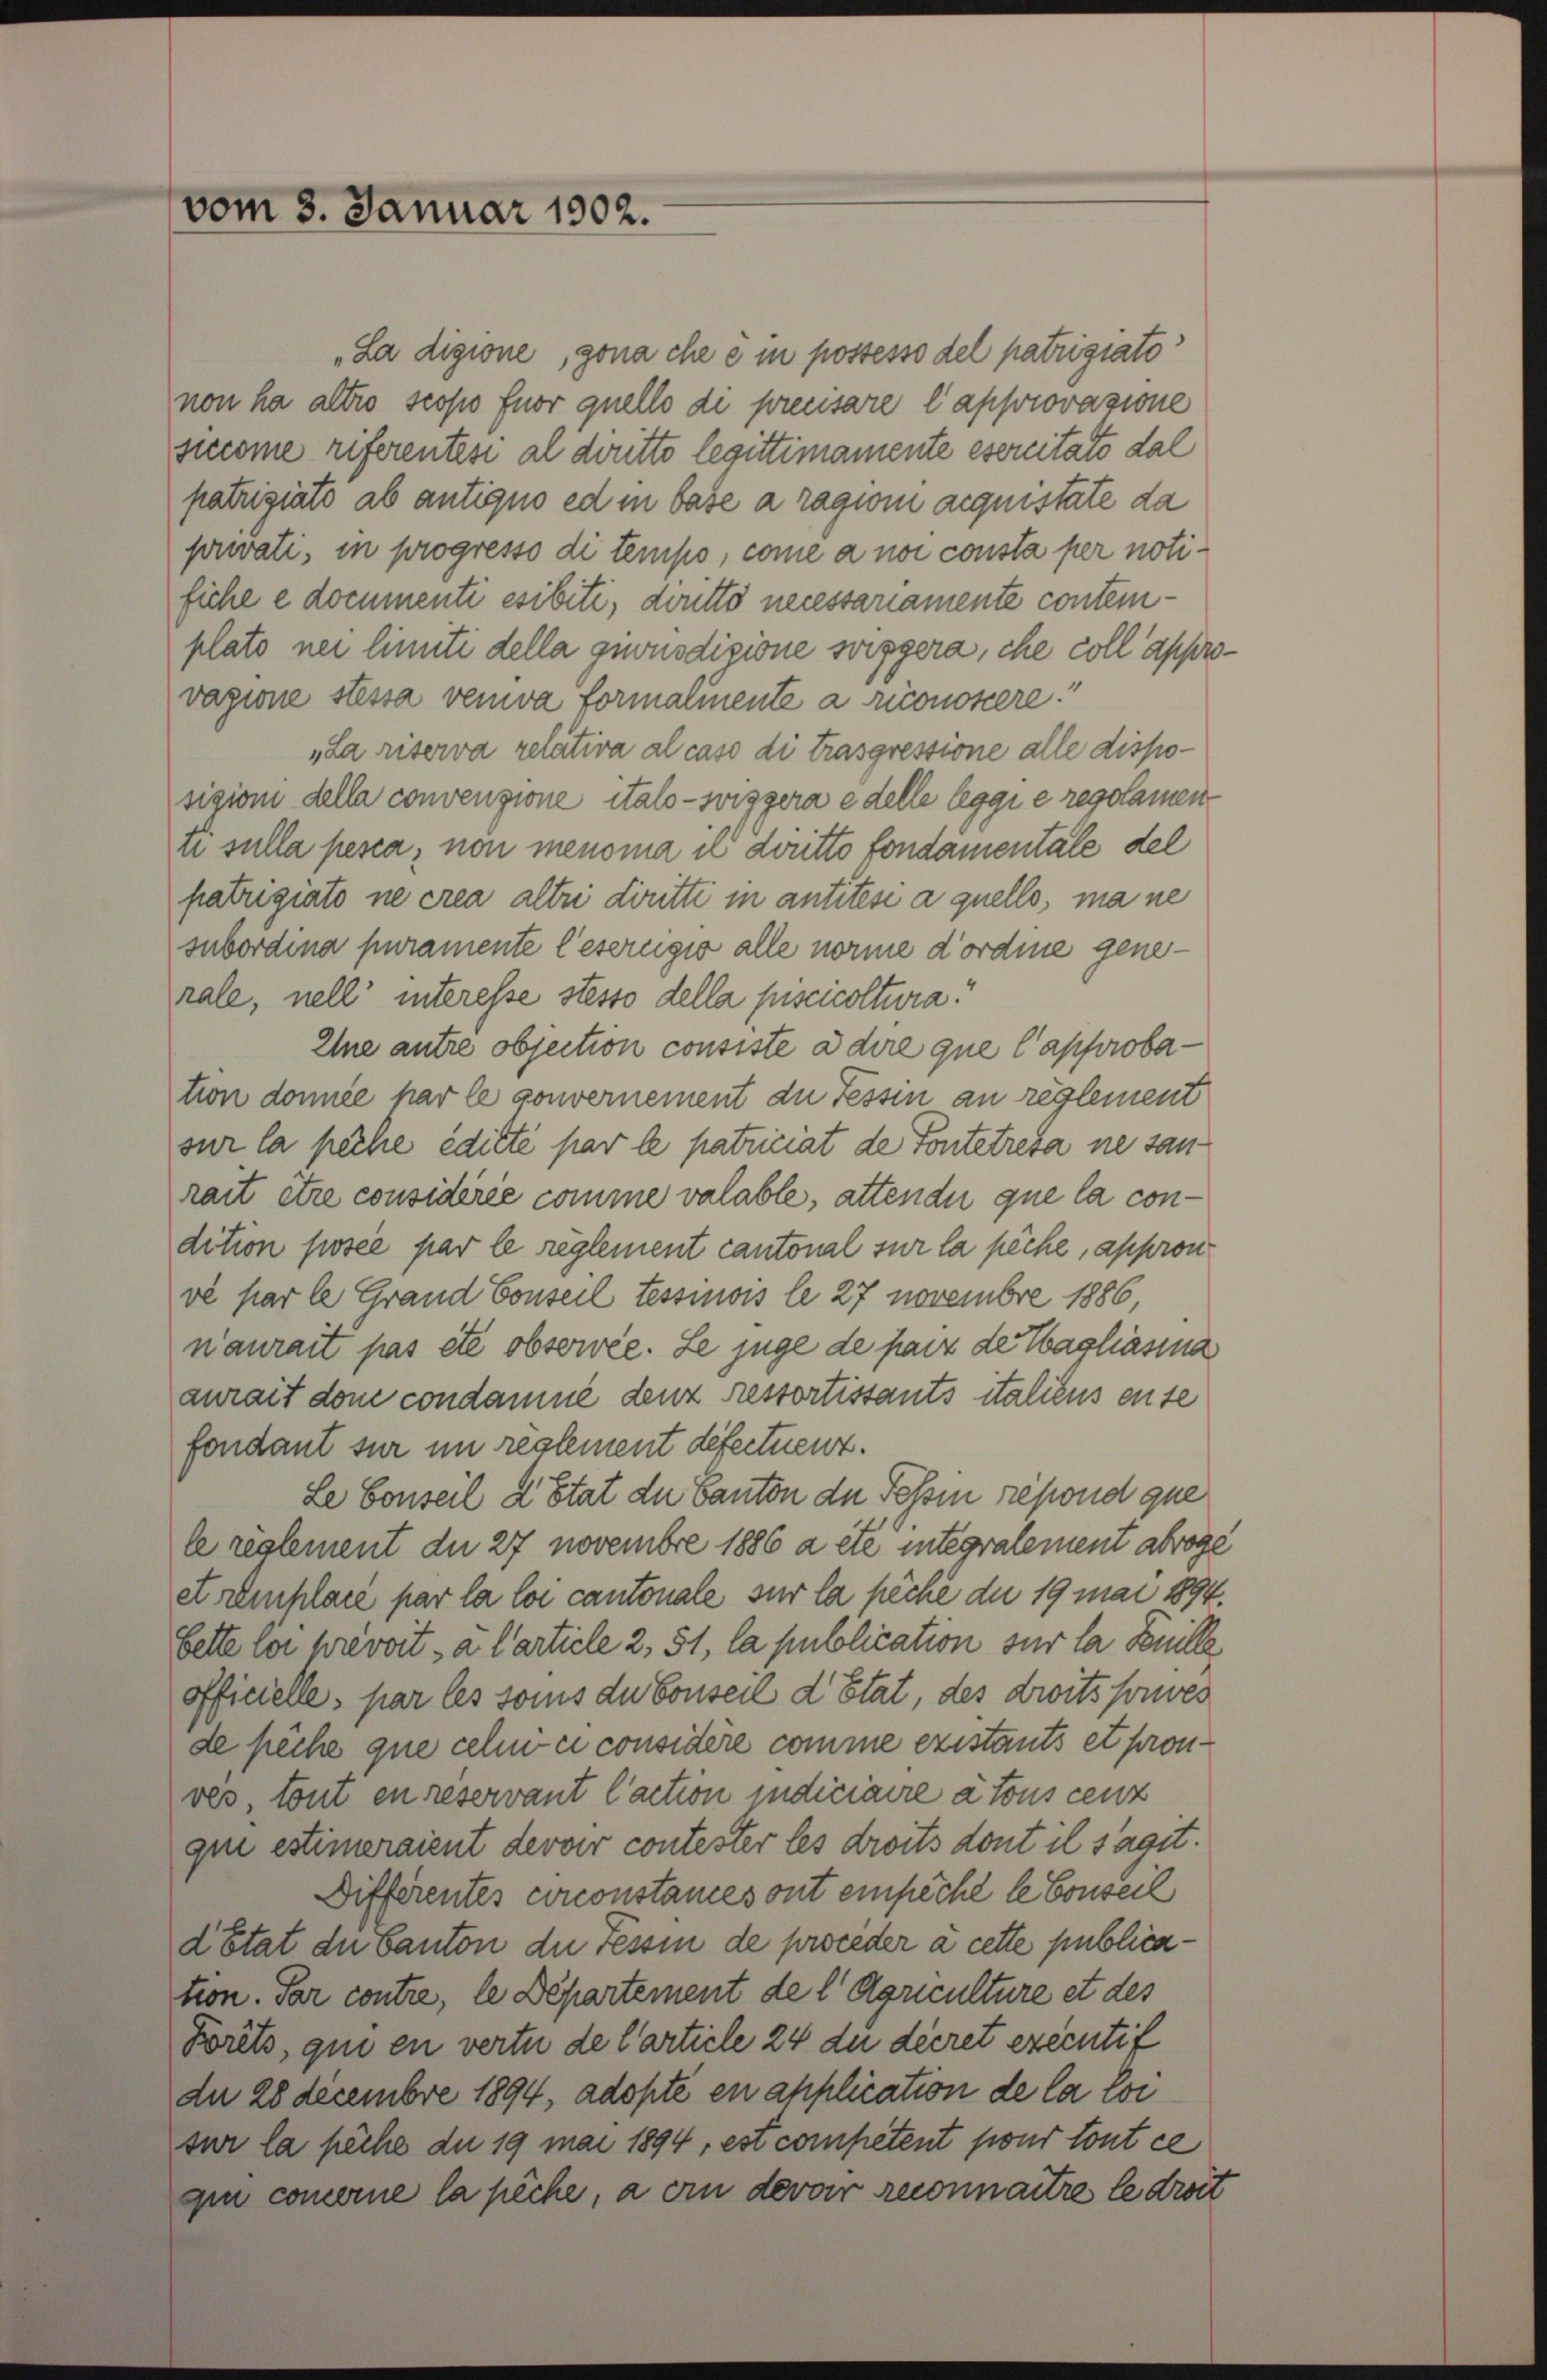
vom 3. Januar 1902.

„La digione, gona che ein possesso del patriziato
non ha altro scopo fuor quello di precisare l’approvazione
sicome referentesi al diritto legittimamente esercitato dal
patriziats ab antiquo ed in base à ragion acquistate da
privati, in progresso di tempo, come a non consta per notifiche e documenti esibiti, diritto necessariamente contemplato nei limiti della giwüsdigione sisgera, che coll appro
vazione stessa verva formalmente a riconokere
„La riserva relativa al caso di trasgressione alle disposizione della convenzione itals - Wiggera edelle leggi e regolamen
ti sulla pesca, non mensma il diritto fondamentale del
patrigiato ne crea altri diritti in antités a quello, ma ne
subordina puramente leserugio alle norme dordne generale, nell’ interesse stesso della piscicoltura.
Eine antre objection consiste a dire que l’approbation donnée par le gouvernement die Tessin an reglement
sur la peche edicte par le patriciat de Fontetreta ne sanrait etia considérée comme valable, attende que la condition posée par le reglement cantonal sur la pêche, appron
vé par le Grand Conseil tessinois le 27 Novembre 1886,
naurait pas été observée. Le juge de part der Tagliasina
aurait dem condamme denz restortissants italiens ente
fondant sur im reglement defectuenz.
Le Conseil d’Etat der Canton de Tessin repond que
le reglement du 27 novembre 1886 a été integralement abroge
et remplare par la loi cantonale sur la pêche die 19 mai 1894.
bette loi prevoit, a Carticle 2, 51, la publication sur la Suille
officielle, par les sons du Conseil d’Etat, des droits souves
de pêche que celui ci considère comme existants et pron
ves tout en reservant l’action indiciaire à tous cenz
que estimeraient devoir contester les droits dont il saget.
Differentes circonstances ont empêché le Conseil
détat der Canton die Tessin de proceder à cette publication. Par contre, le Departement de l Agriculture et des
Krets, qui en verte de l’article 24 du decret executif
du 28 Decembre 1894, adopte en application de la loi
sur la pêche du 19 mai 1894, est competent pour tout ce
gin commerne la pêche, a ein devoir reconnaitre le droit